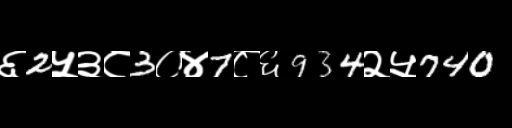
Text: ६2५३८3०४7८६934२५740